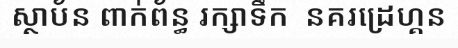
ស្ថាប័ន ពាក់ព័ន្ធ រក្សាទឹក  នគរដ្រេហ្គន